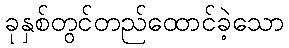
ခုနှစ်တွင်တည်ထောင်ခဲ့သော